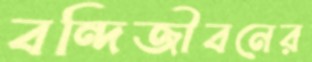
বন্দিজীবনের